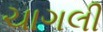
ચાગલી